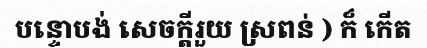
បន្ទោបង់ សេចក្តីរួយ ស្រពន់ ) ក៏ កើត